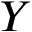
Y